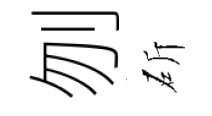
刎斫